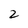
Character: 2